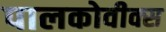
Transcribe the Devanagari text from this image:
पालकोवीक्स